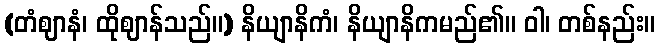
(တံဈာနံ၊ ထိုဈာန်သည်။) နိယျာနိကံ၊ နိယျာနိကမည်၏။ ဝါ၊ တစ်နည်း။